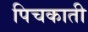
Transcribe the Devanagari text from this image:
पिचकाती